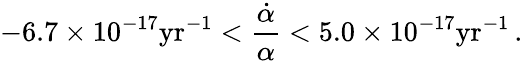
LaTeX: -6.7\times 10^{-17}\mathrm{yr}^{-1}<\frac{\dot{\alpha}}{\alpha}<5.0\times 10^{-17}\mathrm{yr}^{-1}\, .